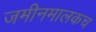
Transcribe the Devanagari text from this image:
जमीनमालकच